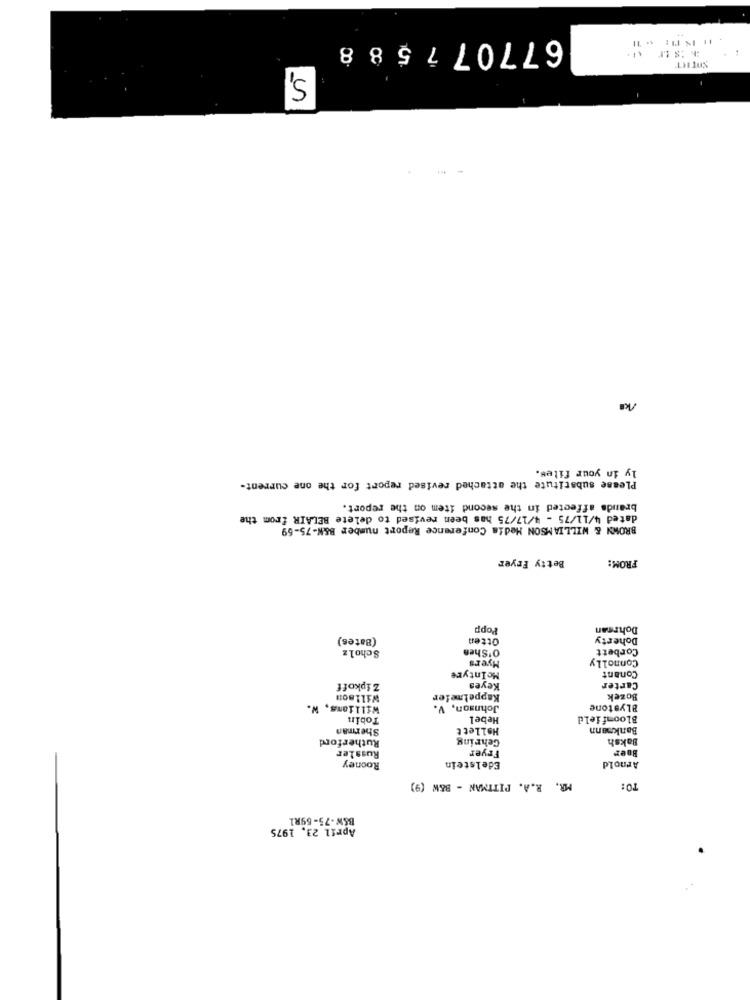
67707758
5,
ly in your files.
Please substitute the attached revised report for the one current-
brands affected in the second item on the report.
dated 4/11/75 - 4/17/75 has been revised to delete BELAIR from the
BROWN & WILLIAMSON Media Conference Report number B&N-75-69
Betty Fryer
FROM:
Popp
Dohrman
(Bates)
Otten
Doherty
Scholz
O'Shea
Corbett
Myers
Connolly
MoIntyre
Conant
Zipkoff
Keyes
Carter
Willson
Kappelmeier
Bozek
Williams, W.
Johnson, V.
8Lystone
Tobin
Hebel
Bloomfield
Sherman
Hollett
Bankmann
Rutherford
Gehring
Baksh
Fryer
Boer
Russler
Edelstein
Rooney
Arnold
MR. R.A. PITTMAN - B&W (9)
TO:
B&W-75-69R1
April 23. 1975